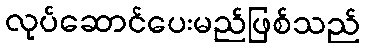
လုပ်ဆောင်ပေးမည်ဖြစ်သည်